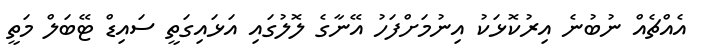
އެއްޗެއް ނުބުނެ އިރުކޮޅަކު އިނުމަށްފަހު އޭނާގެ ލޮލުގައި އަޅައިގަތީ ސައިޑް ޓޭބަލް މަތީ